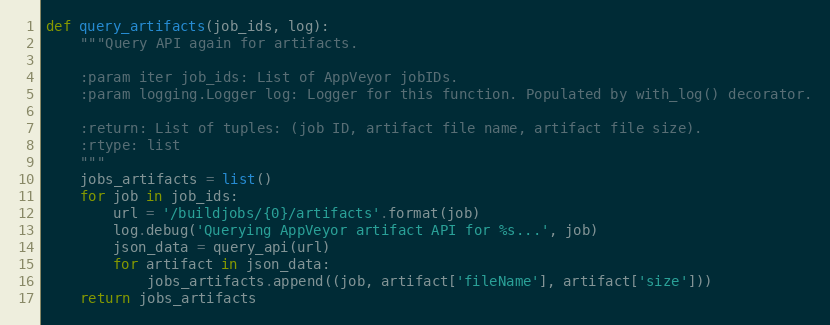
Language: Python
def query_artifacts(job_ids, log):
    """Query API again for artifacts.

    :param iter job_ids: List of AppVeyor jobIDs.
    :param logging.Logger log: Logger for this function. Populated by with_log() decorator.

    :return: List of tuples: (job ID, artifact file name, artifact file size).
    :rtype: list
    """
    jobs_artifacts = list()
    for job in job_ids:
        url = '/buildjobs/{0}/artifacts'.format(job)
        log.debug('Querying AppVeyor artifact API for %s...', job)
        json_data = query_api(url)
        for artifact in json_data:
            jobs_artifacts.append((job, artifact['fileName'], artifact['size']))
    return jobs_artifacts